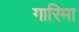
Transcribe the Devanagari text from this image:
गारिमा